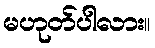
မဟုတ်ပါလား။